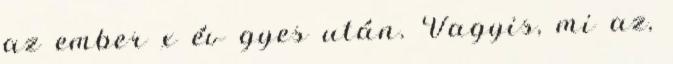
az ember x év gyes után. Vagyis, mi az,